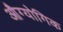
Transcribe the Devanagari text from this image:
औग्योगिक